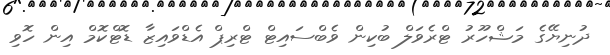
ދުނިޔޭގެ މަޝްހޫރު ޓްރެވަލް ބުކިން ވެބްސައިޓް ޓްރިޕް އެޑްވައިޒާ ޑޮޓްކޮމް އިން ހޮވި